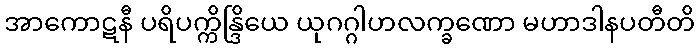
အာကောဋနီ ပရိပက္ကိန္ဒြိယေ ယုဂဂ္ဂါဟလက္ခဏော မဟာဒါနပတီတိ